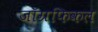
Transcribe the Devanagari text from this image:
जाॅग्रफिकल